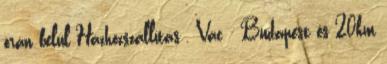
órán belül Házhozszállítás , Vác - Budapest és 20km